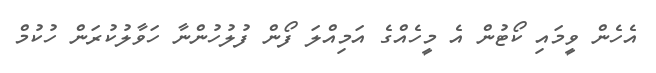
އެހެން ވީމައި ކޯޓުން އެ މީހެއްގެ އަމިއްލަ ފޯން ފުލުހުންނާ ހަވާލުކުރަން ހުކުމް